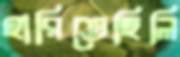
হারিতেছিলি